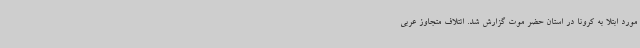
مورد ابتلا به کرونا در استان حضر موت گزارش شد. ائتلاف متجاوز عربی